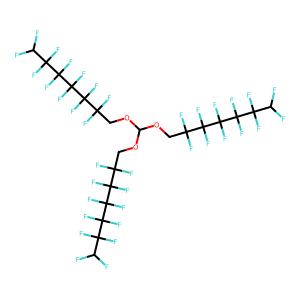
SMILES: FC(F)C(F)(F)C(F)(F)C(F)(F)C(F)(F)C(F)(F)COC(OCC(F)(F)C(F)(F)C(F)(F)C(F)(F)C(F)(F)C(F)F)OCC(F)(F)C(F)(F)C(F)(F)C(F)(F)C(F)(F)C(F)F
Inhibits HIV replication: No